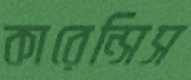
কারেন্সিস